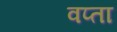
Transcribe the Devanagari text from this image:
वप्ता